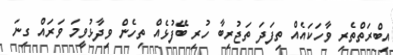
އިބްރަތްތެރި ވާހަކައެއް ތިފަދަ ތަޖުރިބާ ހުރި ބޭފުޅެއް ތިހެން ވިދާޅުވީމަ ވަރައް ގިނަ